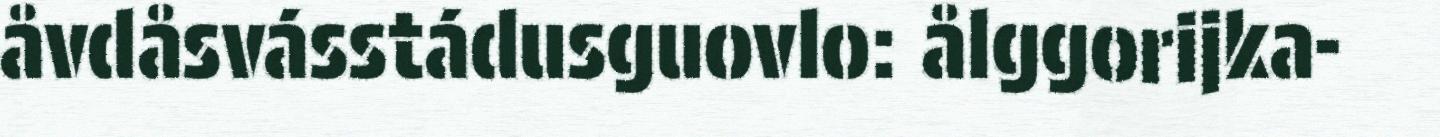
åvdåsvásstádusguovlo: ålggorijka-